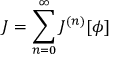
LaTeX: J = \sum _ { n = 0 } ^ { \infty } J ^ { ( n ) } [ \phi ]